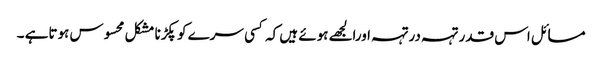
مسائل اس قدر تہہ درتہہ اورالجھے ہوئے ہیں کہ کسی سرے کو پکڑنا مشکل محسوس ہوتاہے ۔